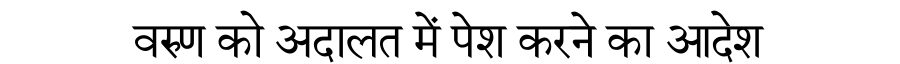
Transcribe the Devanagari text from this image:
वरुण को अदालत में पेश करने का आदेश